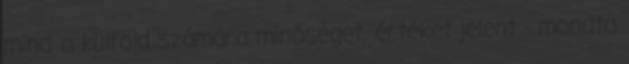
mind a külföld számára minőséget, értéket jelent - mondta